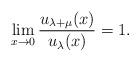
LaTeX: \begin{align*}\lim_{x\rightarrow 0}\frac{u_{\lambda+\mu}(x)}{u_\lambda(x)}=1. \end{align*}